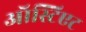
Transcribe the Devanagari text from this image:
ऑस्टिएट